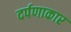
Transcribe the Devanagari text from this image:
दर्पणाकार